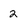
Character: 2